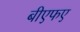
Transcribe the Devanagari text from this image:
बीएफए